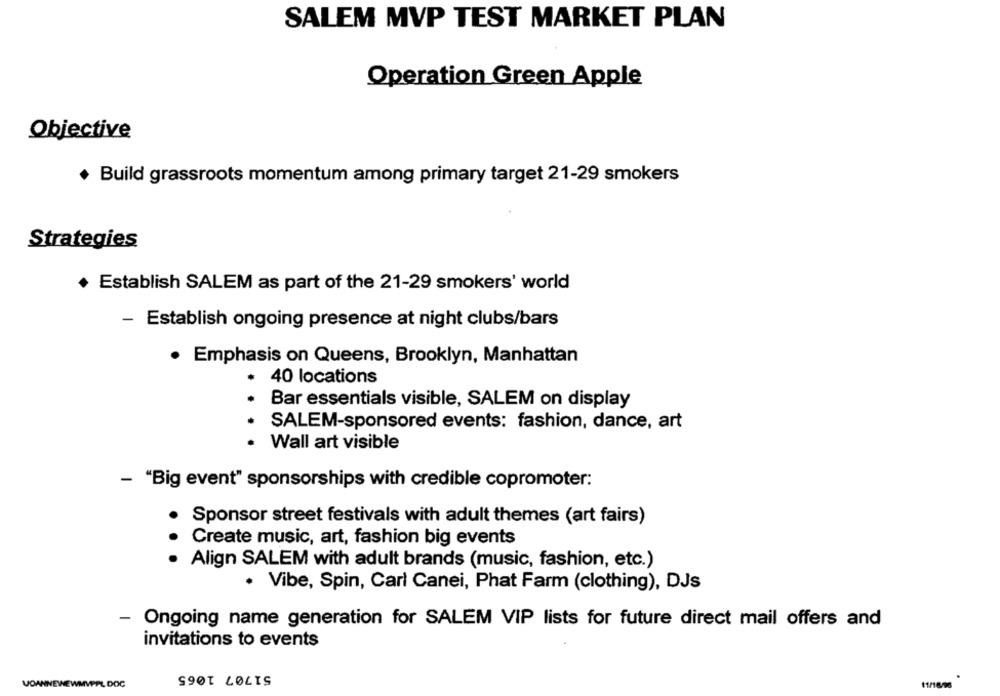
SALEM MVP TEST MARKET PLAN
Operation Green Apple
Objective
+ Build grassroots momentum among primary target 21-29 smokers
Strategies
+ Establish SALEM as part of the 21-29 smokers' world
- Establish ongoing presence at night clubs/bars
· Emphasis on Queens, Brooklyn, Manhattan
.
40 locations
Bar essentials visible, SALEM on display
· SALEM-sponsored events: fashion, dance, art
· Wall art visible
- "Big event" sponsorships with credible copromoter:
Sponsor street festivals with adult themes (art fairs)
Create music, art, fashion big events
· Align SALEM with adult brands (music, fashion, etc.)
· Vibe, Spin, Carl Canei, Phat Farm (clothing), DJs
- Ongoing name generation for SALEM VIP lists for future direct mail offers and
invitations to events
51707 1065
VOANNEWEWMV
AL DOC
11/16/06